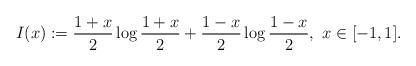
LaTeX: \begin{align*}I(x)&:=\frac{1+x}{2}\log\frac{1+x}{2}+\frac{1-x}{2}\log \frac{1-x}{2},\,\,x\in[-1,1].\end{align*}